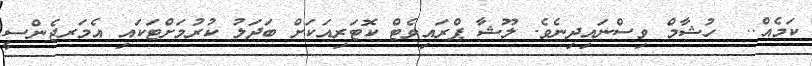
ކަމެއް..  ހުޝާމް ވިސްނައިދިނެވެ. ލޫޝާ ޕްރައިވެޓް ކޮޓަރިއަކަށް ބަދަލު ކުރުމަށްޓަކައި އެމަރޖެންސީ